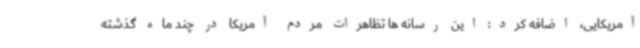
آمریکایی، اضافه کرد: این رسانه ها تظاهرات مردم آمریکا در چند ماه گذشته